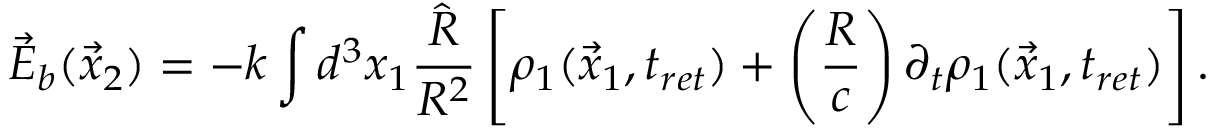
\vec { E } _ { b } ( \vec { x } _ { 2 } ) = - k \int d ^ { 3 } x _ { 1 } \frac { \hat { R } } { R ^ { 2 } } \left[ \rho _ { 1 } ( \vec { x } _ { 1 } , t _ { r e t } ) + \left( \frac { R } { c } \right) \partial _ { t } \rho _ { 1 } ( \vec { x } _ { 1 } , t _ { r e t } ) \right] .